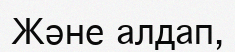
Және алдап,